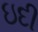
ઇદી